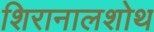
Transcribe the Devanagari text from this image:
शिरानालशोथ